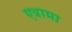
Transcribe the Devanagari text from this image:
एत्रामा